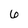
Character: 6